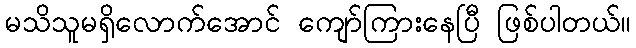
မသိသူမရှိလောက်အောင် ကျော်ကြားနေပြီ ဖြစ်ပါတယ်။